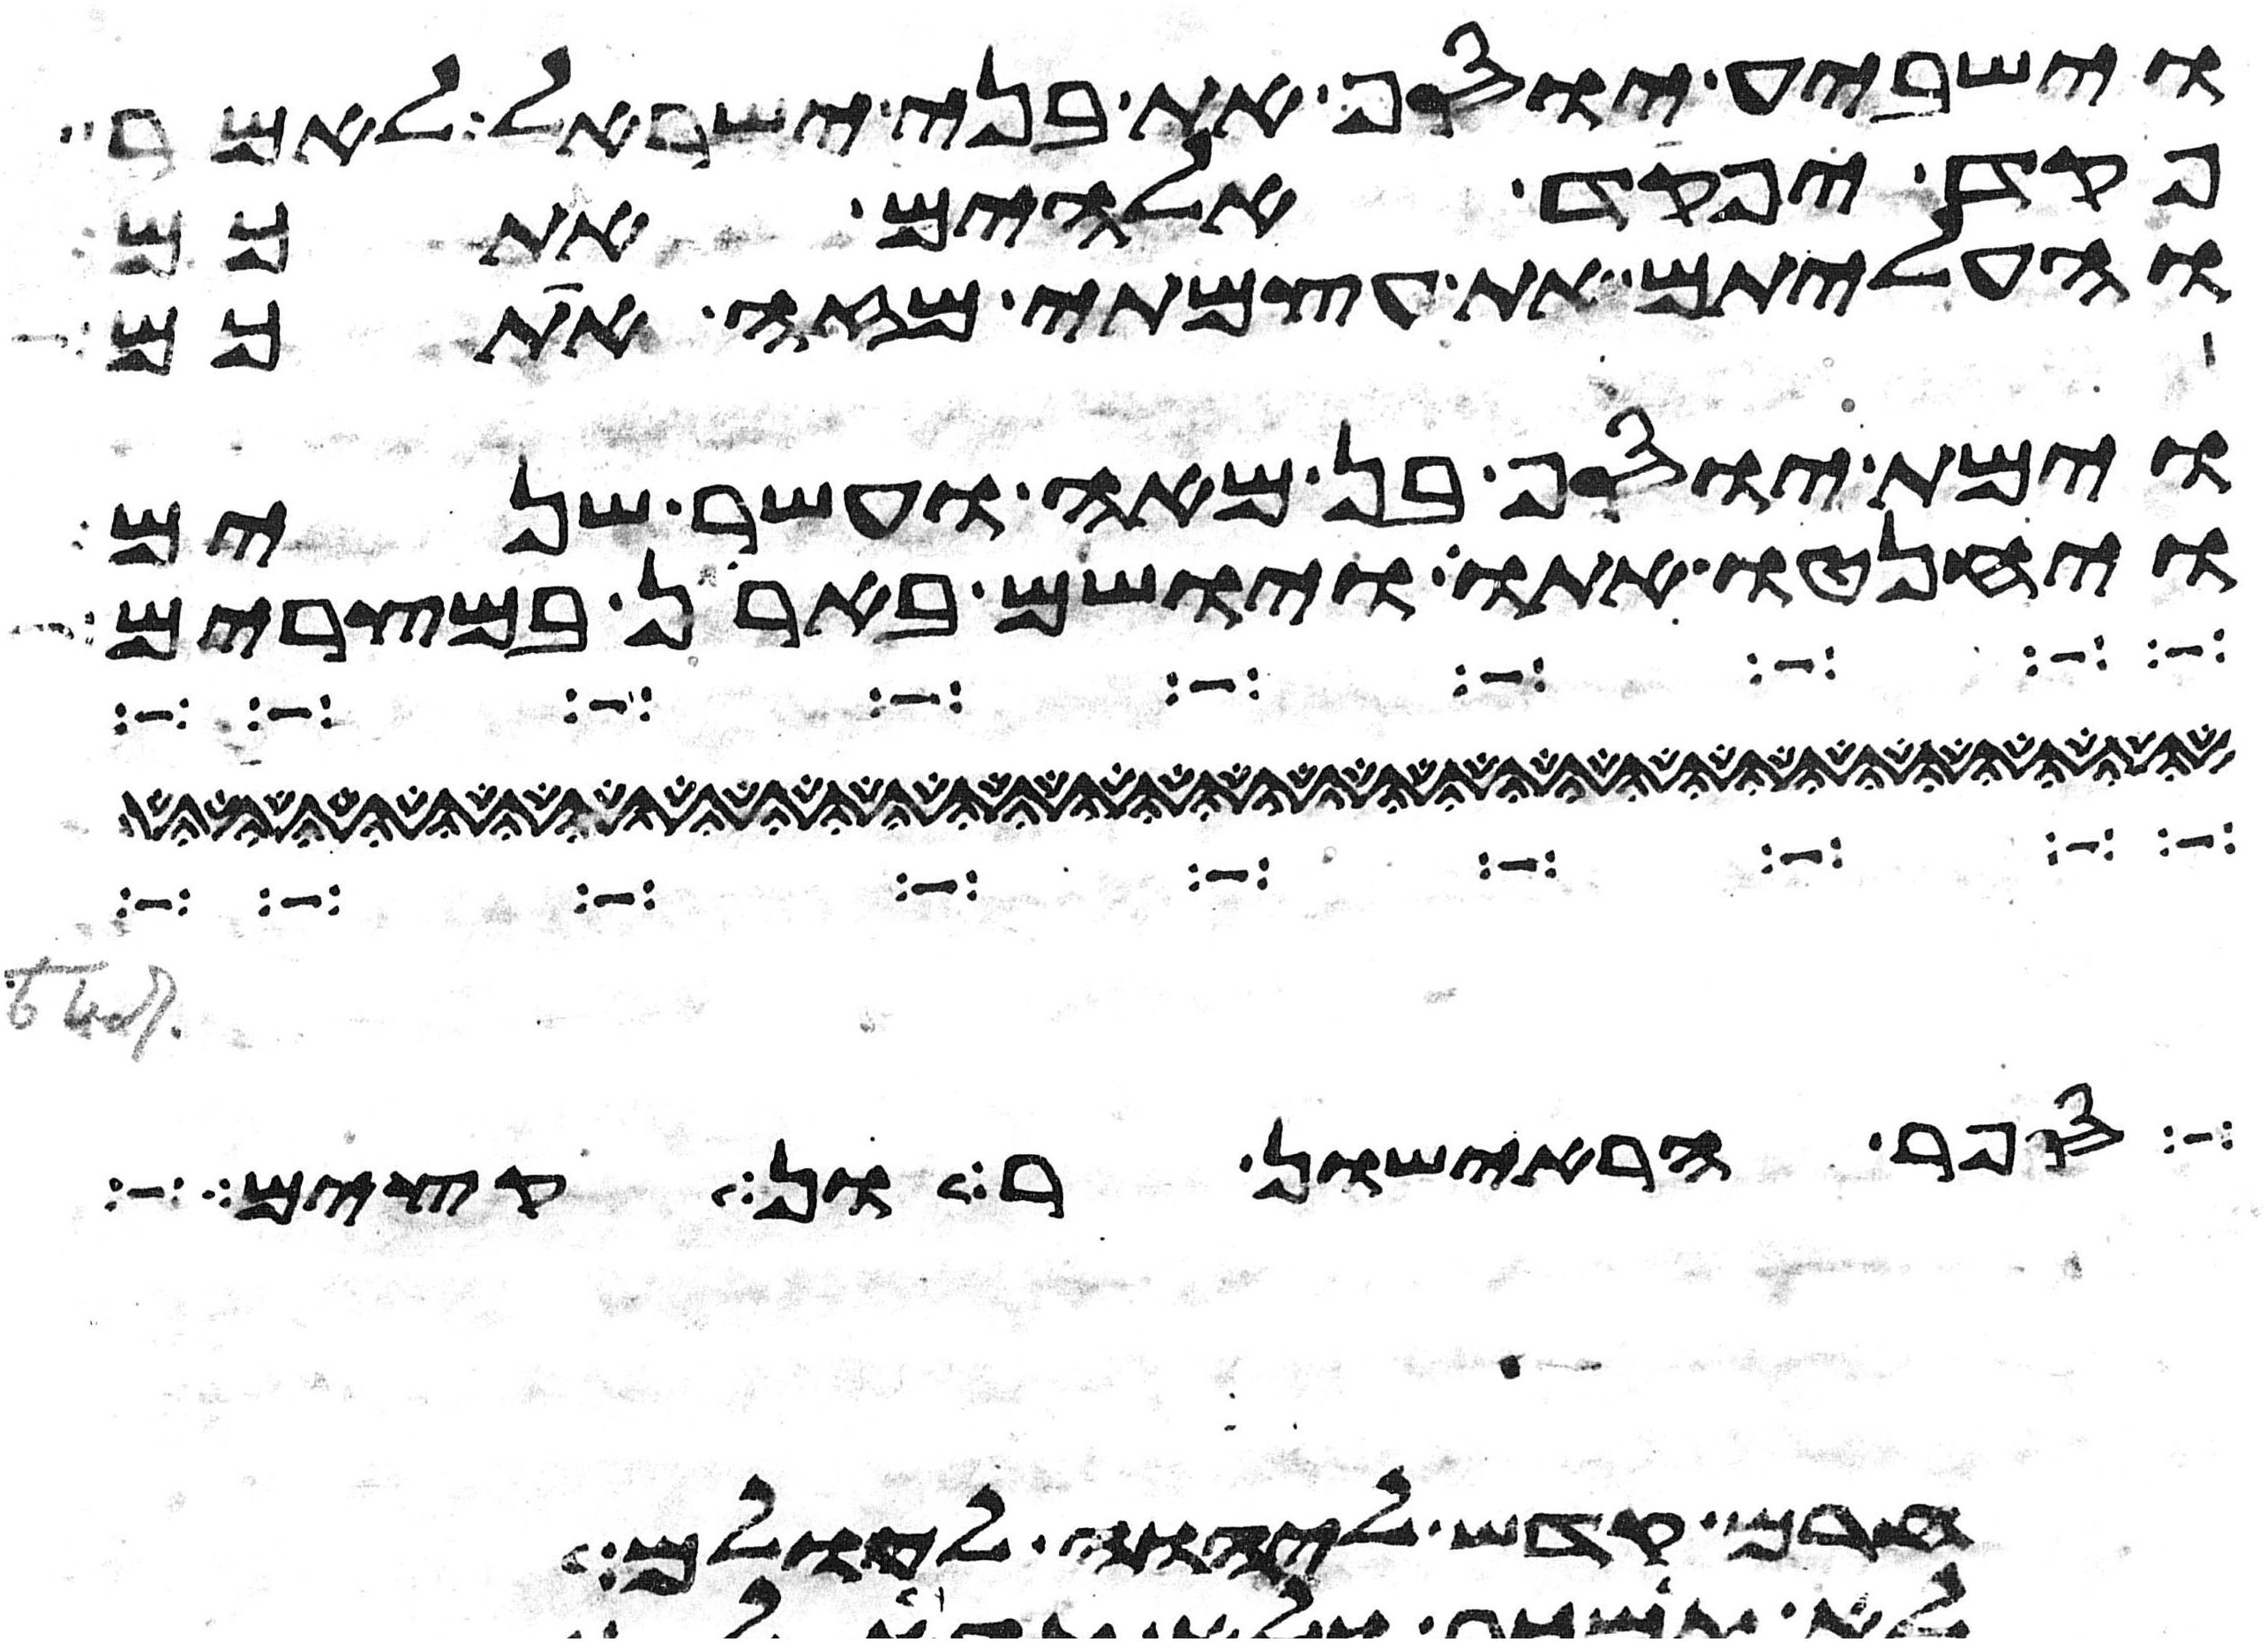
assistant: וישביע יוסף את בני ישראל לאמר
פקד יפקד אלהים אתכם
והעליתם את עצמתי מזה אתכם
וימת יוסף בן מאה ועשר שנים
ויחנטו אתו ויושם בארן במצרים
הראישון ועד יום
קדש ליהוה ואם